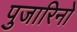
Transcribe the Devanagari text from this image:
पुजारिनो